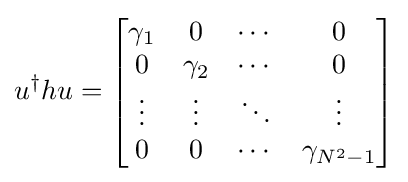
u^{\dagger }hu={\begin{bmatrix}\gamma _{1}&0&\cdots &0\\0&\gamma _{2}&\cdots &0\\\vdots &\vdots &\ddots &\vdots \\0&0&\cdots &\gamma _{N^{2}-1}\end{bmatrix}}